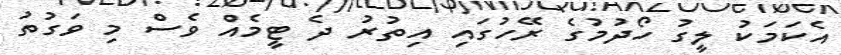
އެކަމަކު ލީގު ހޯދުމުގެ ރޭހުގައި އިތުރު ދެ ޓީމެއް ވެސް މި ވަގުތު